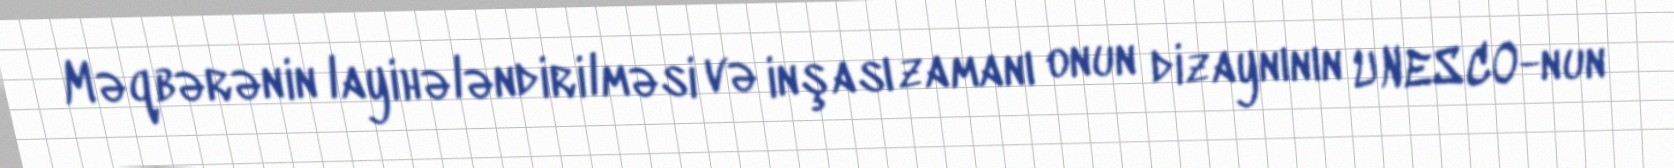
Məqbərənin layihələndirilməsi və inşası zamanı onun dizaynının UNESCO-nun